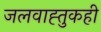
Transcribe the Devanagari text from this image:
जलवाह्तुकही